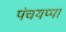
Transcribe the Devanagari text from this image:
पंचयप्पा